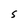
Character: S